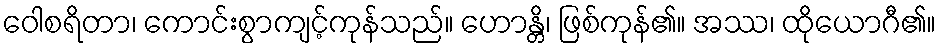
ဝေါစရိတာ၊ ကောင်းစွာကျင့်ကုန်သည်။ ဟောန္တိ၊ ဖြစ်ကုန်၏။ အဿ၊ ထိုယောဂီ၏။